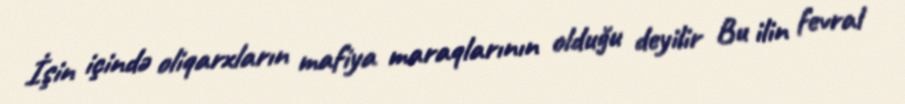
İşin içində oliqarxların mafiya maraqlarının olduğu deyilir Bu ilin fevral